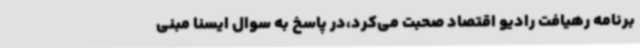
برنامه رهیافت رادیو اقتصاد صحبت می‌کرد،در پاسخ به سوال ایسنا مبنی